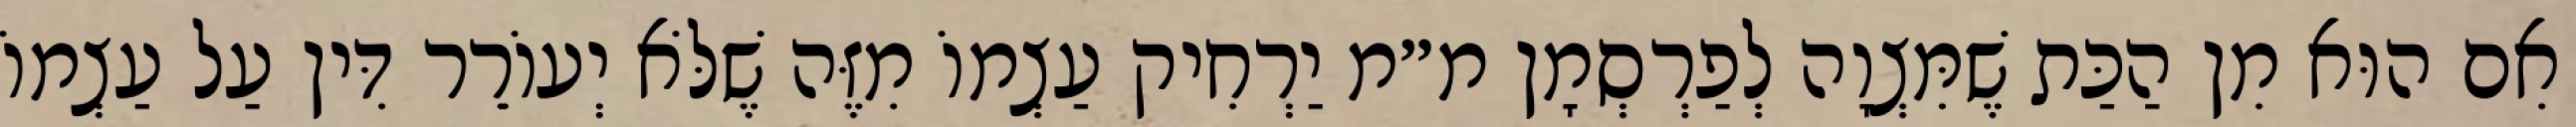
אִם הוּא מִן הַכַּת שֶׁמִּצְוָה לְפַרְסְמָן מ״מ יַרְחִיק עַצְמוֹ מִזֶּה שֶׁלֹּא יְעוֹרֵר דִּין עַל עַצְמוֹ